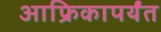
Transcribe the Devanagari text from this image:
आफ्रिकापर्यंत